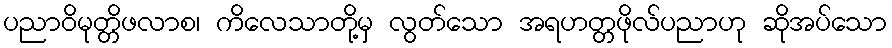
ပညာဝိမုတ္တိဖလာစ၊ ကိလေသာတို့မှ လွတ်သော အရဟတ္တဖိုလ်ပညာဟု ဆိုအပ်သော